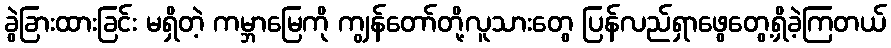
ခွဲခြားထားခြင်း မရှိတဲ့ ကမ္ဘာမြေကို ကျွန်တော်တို့လူသားတွေ ပြန်လည်ရှာဖွေတွေ့ရှိခဲ့ကြတယ်